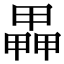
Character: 𤳅